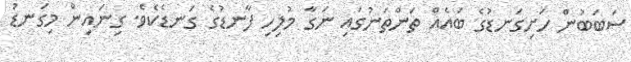
ސަބަބުން ހަށިގަނޑުގެ ބައެއް ތަންތަނުގައި ނަގާ މުލިހި ފާނޑުގެ ގަނޑެކެވެ. ގިނައިން މިގަނޑު